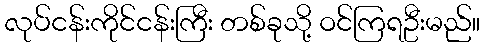
လုပ်ငန်းကိုင်ငန်းကြီး တစ်ခုသို့ ဝင်ကြရဦးမည်။